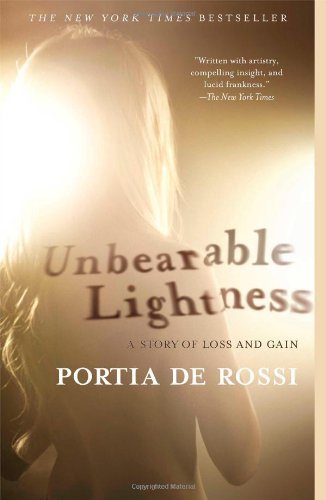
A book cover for Unbearable Lightness: A Story of Loss and Gain; Portia de Rossi; Gay & Lesbian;